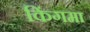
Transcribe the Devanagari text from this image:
किंगमा